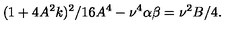
( 1 + 4 A ^ { 2 } k ) ^ { 2 } / 1 6 A ^ { 4 } - \nu ^ { 4 } \alpha \beta = \nu ^ { 2 } B / 4 .